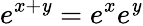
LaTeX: e^{x+\mathit{y}}=e^{x}e^{\mathit{y}}